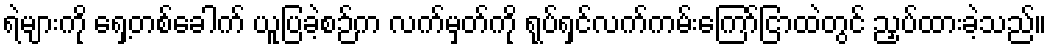
ရဲများကို ရှေ့တစ်ခေါက် ယူပြခဲ့စဉ်က လက်မှတ်ကို ရုပ်ရှင်လက်ကမ်းကြော်ငြာထဲတွင် ညှပ်ထားခဲ့သည်။